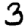
Digit: 3